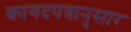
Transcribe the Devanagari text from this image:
कागदपत्रानुसार